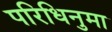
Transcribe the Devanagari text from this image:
परिधिनुमा